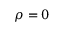
\rho = 0